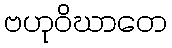
ဗဟုဝိဃာတေ